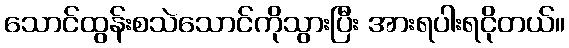
သောင်ထွန်းစသဲသောင်ကိုသွားပြီး အားရပါးရငိုတယ်။